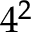
4 ^ { 2 }